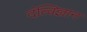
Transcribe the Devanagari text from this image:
दंत्विज्ञान